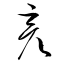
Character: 彦